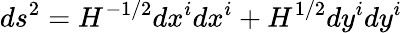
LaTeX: ds^{2}=H^{-1/2}dx^{i}dx^{i}+H^{1/2}dy^{i}dy^{i}